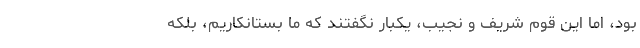
بود، اما این قوم شریف و نجیب، یکبار نگفتند که ما بستانکاریم، بلکه